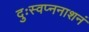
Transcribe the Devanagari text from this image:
दुःस्वप्ननाशनं